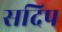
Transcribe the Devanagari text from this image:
सदिप